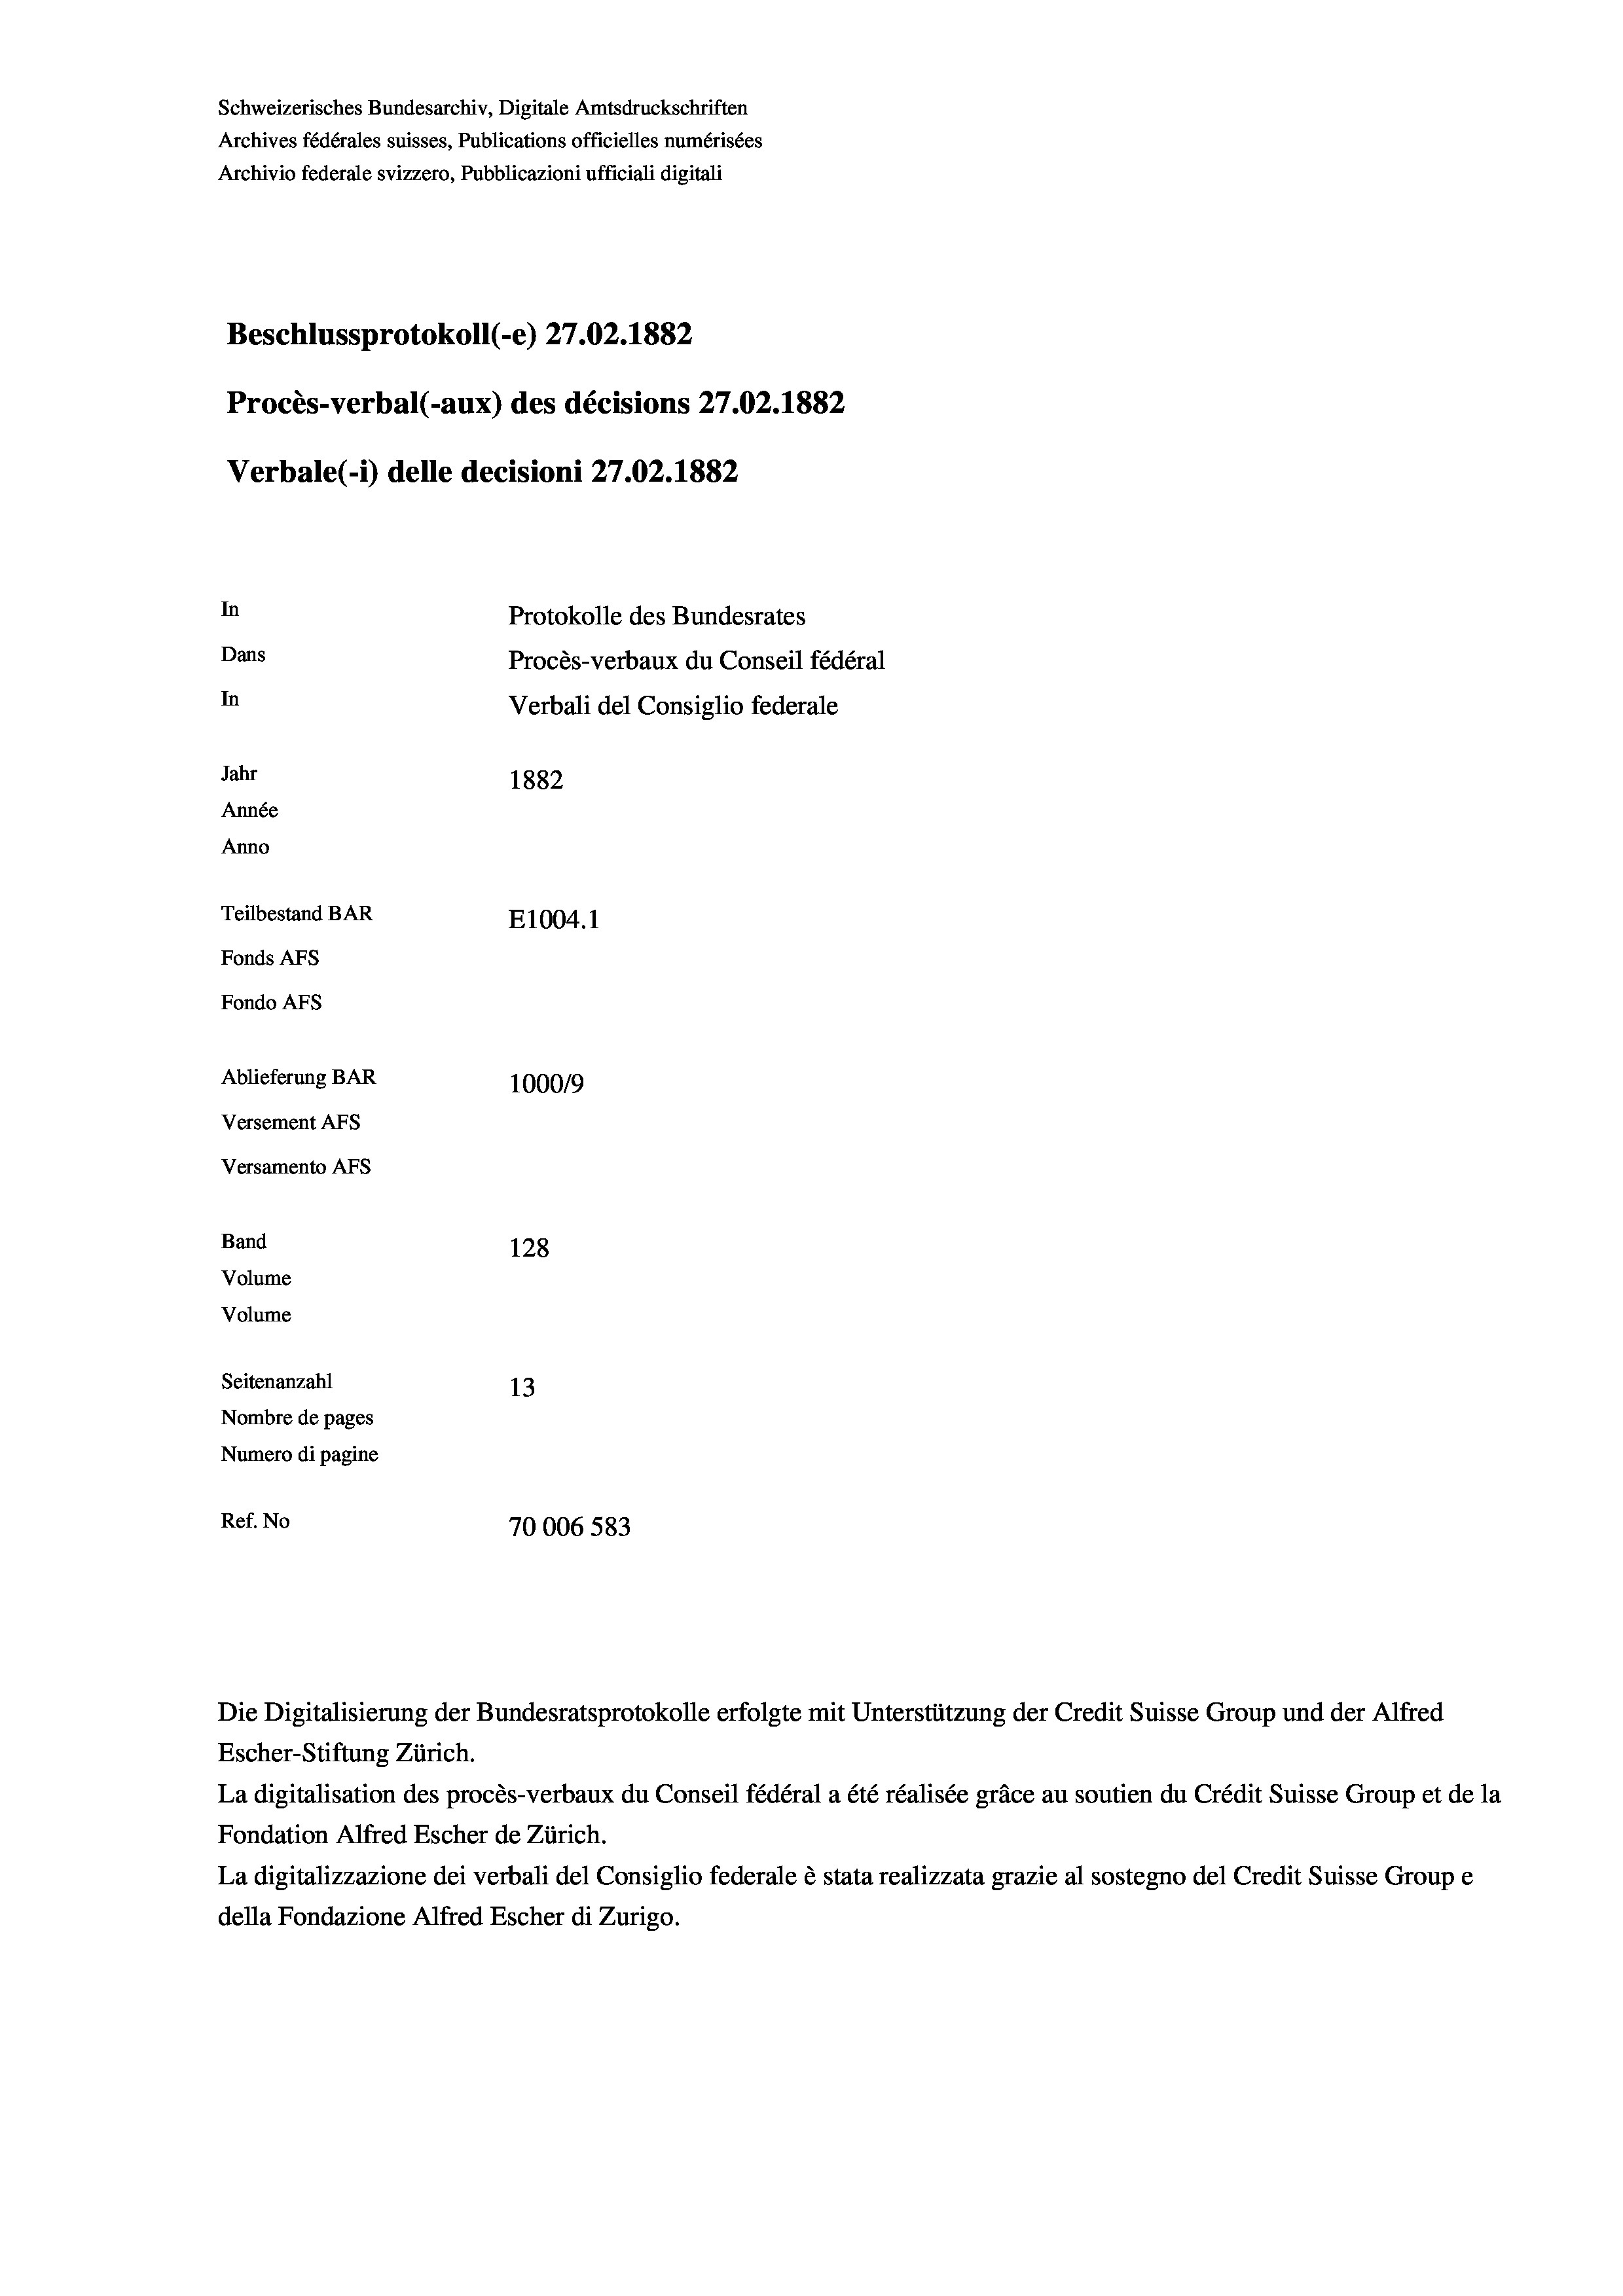
Schweizerisches Bundesarchiv, Digitale Amtsdruckschriften
Archives fédérales suisses, Publications officielles numérisées
Archivio federale svizzero, Pubblicazioni ufficiali digitali
Beschlussprotokoll (-e) 27.02. 1882
Procès-verbal (-aux) des décisions 27.02.1882
Verbale (1) delle decisioni 27.02. 1882
In
Protokolle des Bundesrates
Dans
Procès-verbaux du Conseil fédéral
In
Verbali del Consiglio federale
Jahr
1882
Année
Anno
Teilbestand BAR
E1004.1
Fonds Afs
Fondo AFs
Ablieferung BAR
1000/9
Versement Abs
Versamento AFs
Band
128
Volume
Volume
Seitenanzahl
13
Nombre de pages
Numero di pagine
Ref. No
23
70006 583

Die Digitalisierung der Bundesratsprotokolle erfolgte mit Unterstützung der Credit Suisse Group und der Alfred
Escher-Stiftung Zürich.
La digitalisation des procès-verbaux du Conseil fédéral a été réalisée gräce au soutien du Crédit Suisse Group et de la
Fondation Alfred Escher de Zürich.
La digitalizzazione dei verbali del Consiglio federale è stata realizzata grazie al sostegno del Credit Suisse Groupe
della Fondazione Alfred Escher di Zurigo.